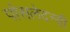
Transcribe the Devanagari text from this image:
पोसलेदन्यी